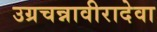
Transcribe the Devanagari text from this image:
उग्रचन्नावीरादेवा